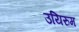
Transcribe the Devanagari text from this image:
उयिरुम